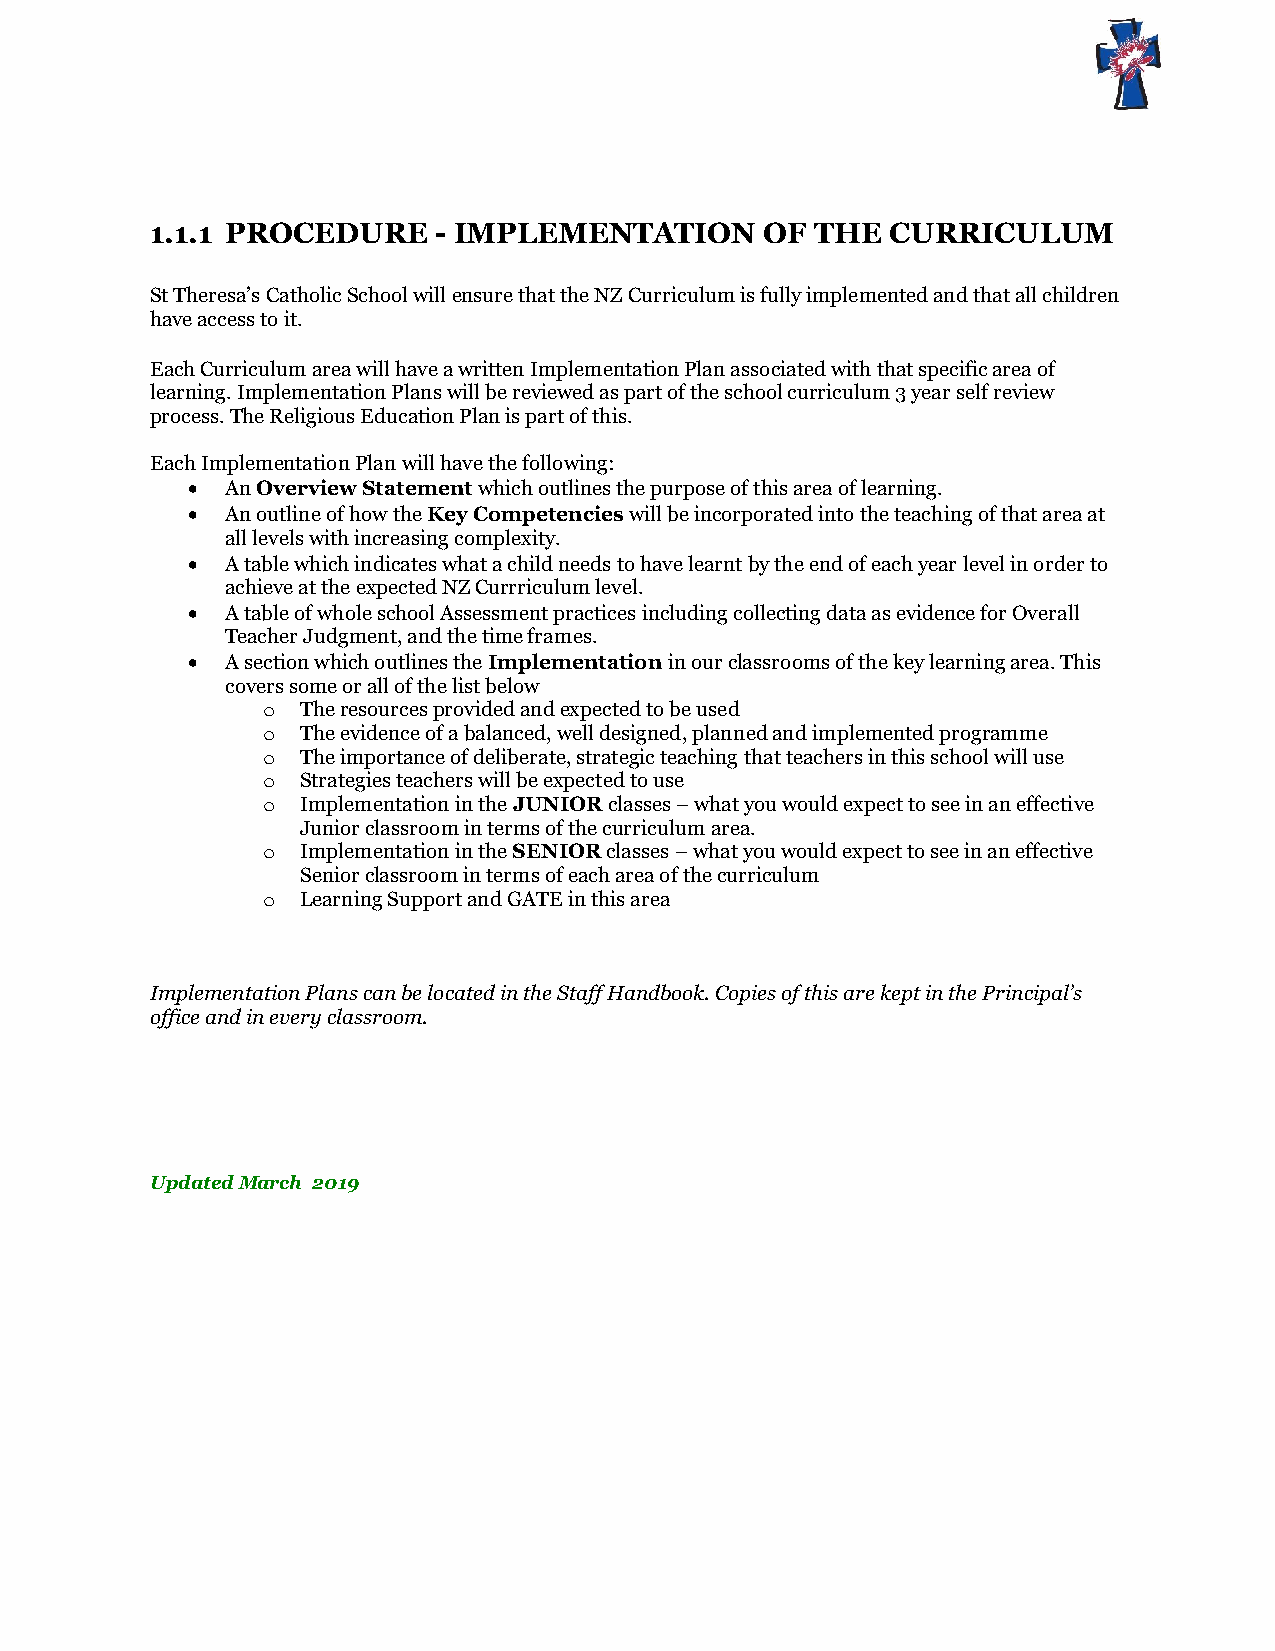
1.1.1 PROCEDURE    - IMPLEMENTATION      OF THE  CURRICULUM
 St Theresa’s Catholic School will ensure that the NZ Curriculum is fully implemented and that all children
 have access to it.
 Each Curriculum area will have a written Implementation Plan associated with that specific area of
 learning. Implementation Plans will be reviewed as part of the school curriculum 3 year self review
 process. The Religious Education Plan is part of this.
 Each Implementation Plan will have the following:
   An Overview Statement which outlines the purpose of this area of learning.
   An outline of how the Key Competencies will be incorporated into the teaching of that area at
 all levels with increasing complexity.
   A table which indicates what a child needs to have learnt by the end of each year level in order to
 achieve at the expected NZ Currriculum level.
   A table of whole school Assessment practices including collecting data as evidence for Overall
 Teacher Judgment, and the time frames.
   A section which outlines the Implementation in our classrooms of the key learning area. This
 covers some or all of the list below
 o  The resources provided and expected to be used
 o  The evidence of a balanced, well designed, planned and implemented programme
 o  The importance of deliberate, strategic teaching that teachers in this school will use
 o  Strategies teachers will be expected to use
 o  Implementation in the JUNIOR classes – what you would expect to see in an effective
 Junior classroom in terms of the curriculum area.
 o  Implementation in the SENIOR classes – what you would expect to see in an effective
 Senior classroom in terms of each area of the curriculum
 o  Learning Support and GATE in this area
 Implementation Plans can be located in the Staff Handbook. Copies of this are kept in the Principal’s
 office and in every classroom.
 Updated March 2019